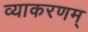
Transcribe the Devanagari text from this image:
व्याकरणम्